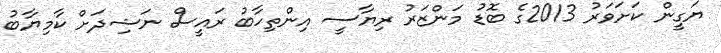
ޔަގީން ކަށަވަރު 2013ގެ ބޮޑު މަންޒަރު ރިޔާސީ އިންތިހާބު ރައީސް ނަޝިދަށް ކާމިޔާބު